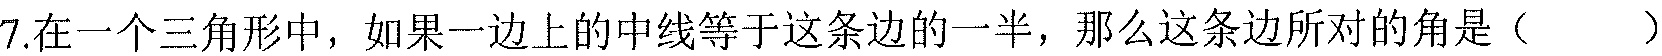
7.在一个三角形中，如果一边上的中线等于这条边的一半，那么这条边所对的角是（  ）